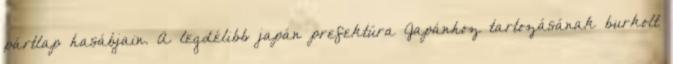
pártlap hasábjain. A legdélibb japán prefektúra Japánhoz tartozásának burkolt